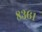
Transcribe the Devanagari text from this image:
८३६१